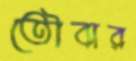
তৌবার